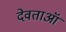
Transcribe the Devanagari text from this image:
देवताऑ